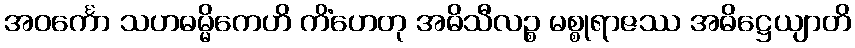
အဝင်္ကော သဟဓမ္မိကေဟိ ကိံဟေတု အဓိသီလဉ္စ မစ္စုရာဇဿ အဓိဋ္ဌေယျာတိ